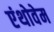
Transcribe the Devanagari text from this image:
एंथोवेम